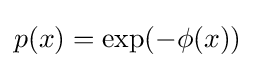
p(x)=\exp(-\phi (x))